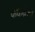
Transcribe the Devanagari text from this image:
फंकब्रेला